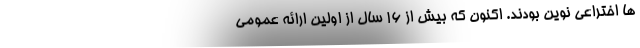
ها اختراعی نوین بودند. اکنون که بیش از 16 سال از اولین ارائه عمومی